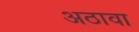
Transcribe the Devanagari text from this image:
अठावा